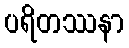
ပရိတဿနာ